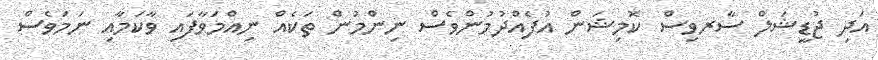
އަދި ޖުޑީޝަލް ސާރވިސް ކޮމިޝަން އުފެއްދުމުންވެސް ނިންމުން ތަކެއް ނިއްމަވާފައި ވާކަމާއި ނަމަވެސް